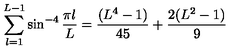
\sum _ { l = 1 } ^ { L - 1 } \sin ^ { - 4 } { \frac { \pi l } { L } } = { \frac { ( L ^ { 4 } - 1 ) } { 4 5 } } + { \frac { 2 ( L ^ { 2 } - 1 ) } { 9 } }